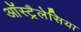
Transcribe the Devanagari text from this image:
ऑस्ट्रैलेसिया